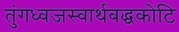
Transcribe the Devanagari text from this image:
तुंगध्वजस्वार्थबद्धकोटि